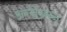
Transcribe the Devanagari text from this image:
अग्ग्रेग्र्सन